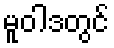
မူဝါဒတွင်